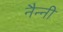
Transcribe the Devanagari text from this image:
नैन्नी